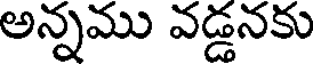
అన్నము వడ్డనకు